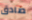
صادق